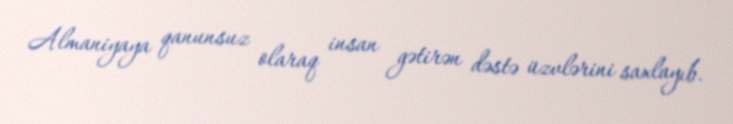
Almaniyaya qanunsuz olaraq insan gətirən dəstə üzvlərini saxlayıb.